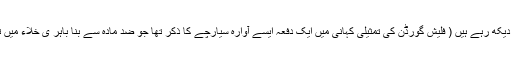
کچھ سائنس دان ضد مادّہ کو باہر خلاء میں تیرتے ہوئے شہابیوں سے حاصل کرنے کا خواب دیکھ رہے ہیں ( فلیش گورڈن کی تمثیلی کہانی میں ایک دفعہ ایسے آوارہ سیارچے کا ذکر تھا جو ضد مادّہ سے بنا باہر ی خلاء میں تیر رہا تھا اگر وہ کسی سیارے سے ٹکرا جاتا تو ایک زبردست دھماکے کا سبب بن سکتا تھا۔